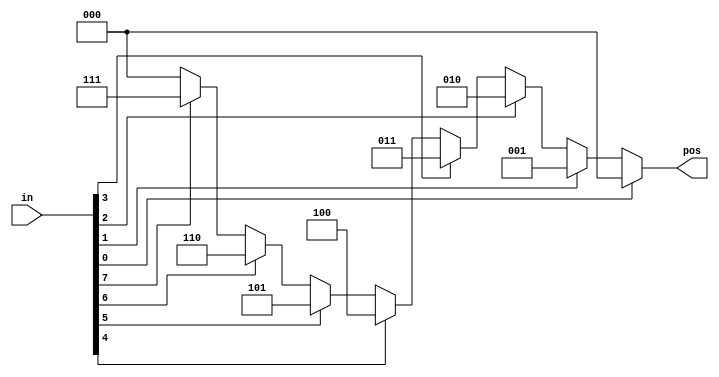
// This program was cloned from: https://github.com/Yvan-xy/verilog-doc
// License: GNU General Public License v2.0

// synthesis verilog_input_version verilog_2001
module top_module (
    input [7:0] in,
    output reg [2:0] pos  );
always @(*) begin
    casez (in[7:0])
        8'bzzzzzzz1: begin
            pos = 3'd0;
        end
        8'bzzzzzz1z: begin
            pos = 3'd1;
        end
        8'bzzzzz1zz: begin
            pos = 3'd2;
        end
        8'bzzzz1zzz: begin
            pos = 3'd3;
        end
        8'bzzz1zzzz: begin
            pos = 3'd4;
        end
        8'bzz1zzzzz: begin
            pos = 3'd5;
        end
        8'bz1zzzzzz: begin
            pos = 3'd6;
        end
        8'b1zzzzzzz: begin
            pos = 3'd7;
        end
        default: begin
            pos = 0;
        end
    endcase
end
endmodule